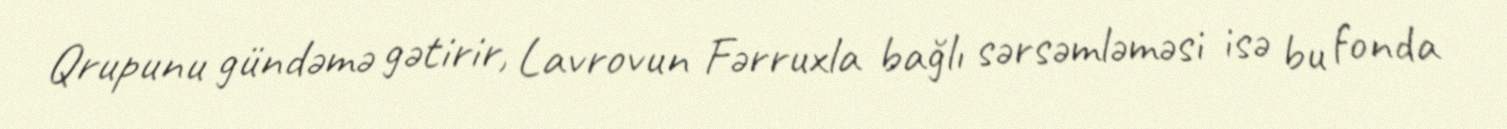
Qrupunu gündəmə gətirir, Lavrovun Fərruxla bağlı sərsəmləməsi isə bu fonda